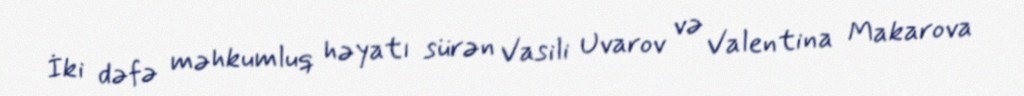
İki dəfə məhkumluq həyatı sürən Vasili Uvarov və Valentina Makarova